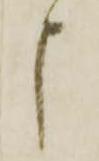
申